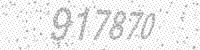
Solution: 917870